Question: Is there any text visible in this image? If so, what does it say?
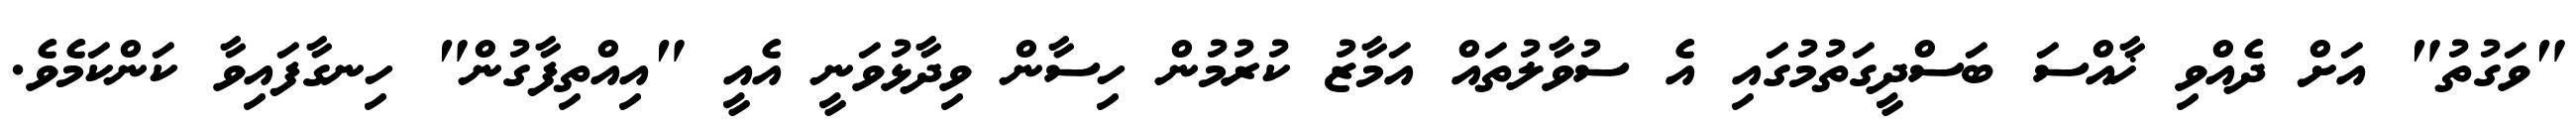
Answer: "ވަގުތު" އަށް ދެއްވި ޚާއްސަ ބަސްދީގަތުމުގައި އެ ސުވާލުތައް އަމާޒު ކުރުމުން ހިސާން ވިދާޅުވަނީ އެއީ "އިއްތިފާގުން" ހިނގާފައިވާ ކަންކަމެވެ.